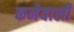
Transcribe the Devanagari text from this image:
कनेवाली